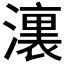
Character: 𣿞